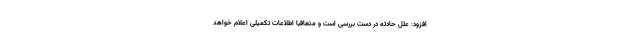
افزود: علل حادثه در دست بررسی است و متعاقبا اطلاعات تکمیلی اعلام خواهد